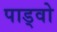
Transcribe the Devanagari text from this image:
पाड्वो